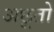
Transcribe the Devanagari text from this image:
अछूतो